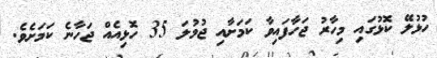
ހުޅުލޭ ކޮޅުގައި މިހާރު ޖަހާފައިވާ ކަމަށާއި ޖުމުލަ 35 ހޮޅިއެއް ޖަހާނެ ކަމަށެެވެ.